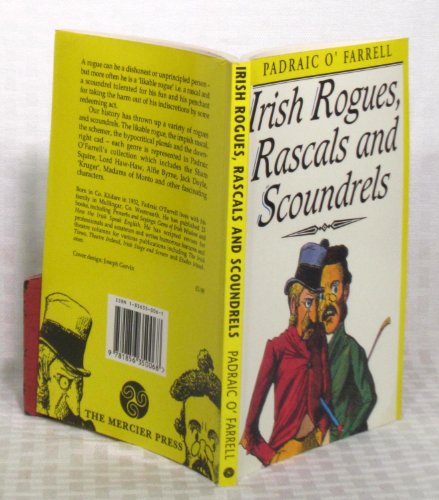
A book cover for Irish Rogues, Rascals and Scoundrels; Padraic O'Farrell; Biographies & Memoirs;